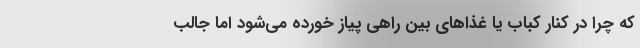
که چرا در کنار کباب یا غذاهای بین راهی پیاز خورده می‌شود اما جالب